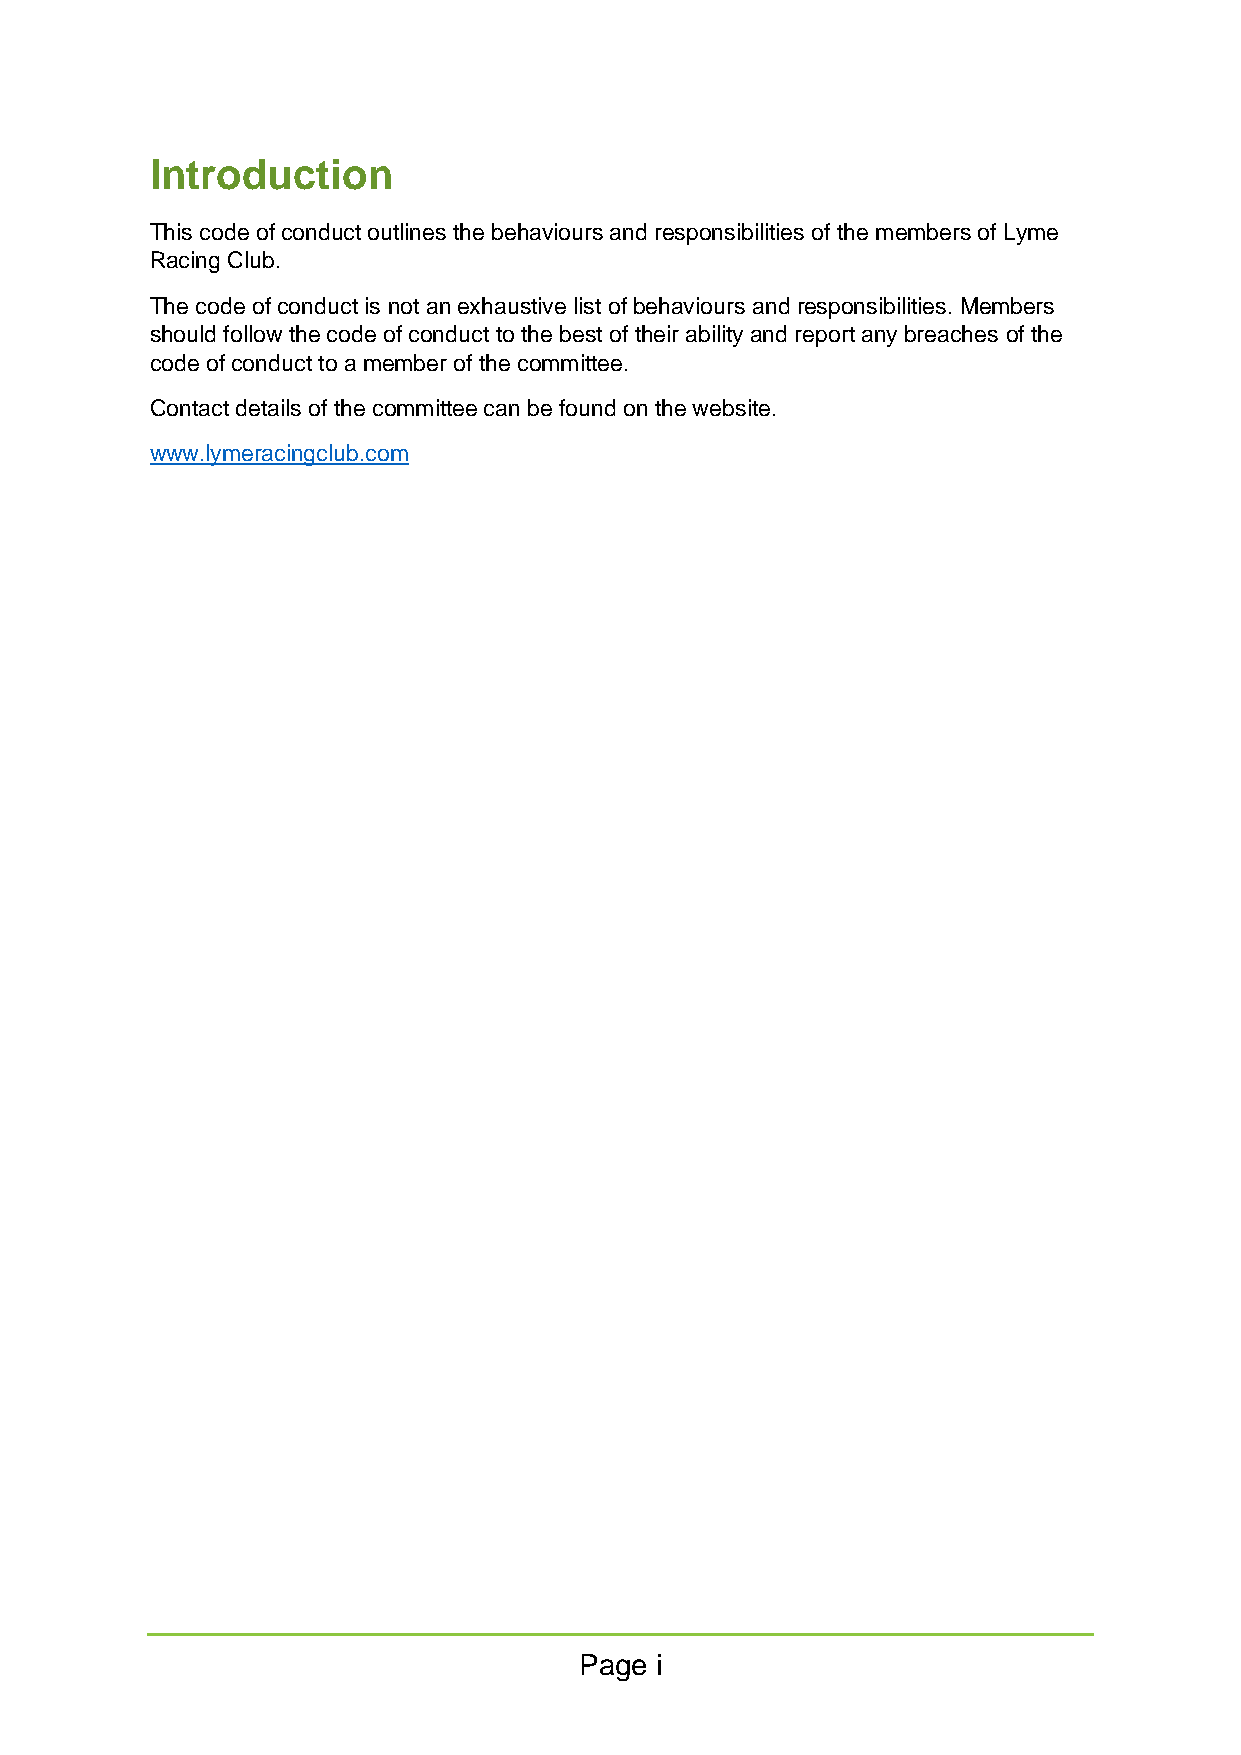
Introduction
 This code of conduct outlines the behaviours and responsibilities of the members of Lyme
 Racing Club.
 The code of conduct is not an exhaustive list of behaviours and responsibilities. Members
 should follow the code of conduct to the best of their ability and report any breaches of the
 code of conduct to a member of the committee.
 Contact details of the committee can be found on the website.
 www.lymeracingclub.com
 Page i